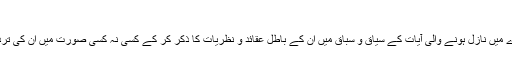
باطل عقائد و نظریات
کفار و مشرکین کے بارے میں نازل ہونے والی آیات کے سیاق و سباق میں ان کے باطل عقائد و نظریات کا ذکر کر کے کسی نہ کسی صورت میں ان کی تردید اور تغلیط مقصود ہے۔